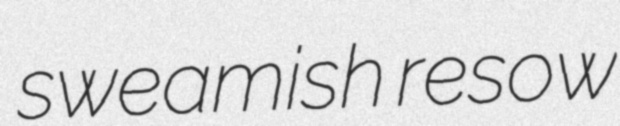
sweamish resow